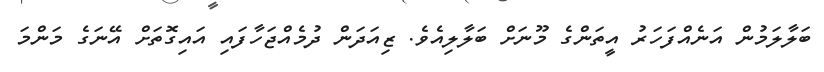
ބަލާލަމުން އަނެއްފަހަރު އީތަންގެ މޫނަށް ބަލާލިއެވެ. ޒިއަދަން ދުމެއްޖަހާފައި އައިގޮތަށް އޭނަގެ މަންމަ